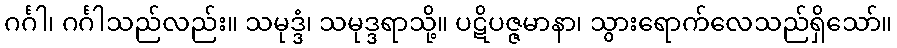
ဂင်္ဂါ၊ ဂင်္ဂါသည်လည်း။ သမုဒ္ဒံ၊ သမုဒ္ဒရာသို့။ ပဋိပဇ္ဇမာနာ၊ သွားရောက်လေသည်ရှိသော်။